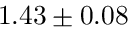
1 . 4 3 \pm 0 . 0 8